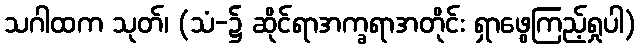
သဂါထက သုတ်၊ (သံ-၌ ဆိုင်ရာအက္ခရာအတိုင်း ရှာဖွေကြည့်ရှုပါ)